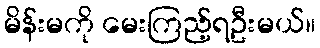
မိန်းမကို မေးကြည့်ရဦးမယ်။